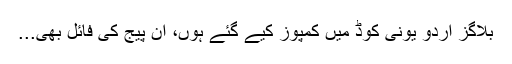
بلاگز اردو یونی کوڈ میں کمپوز کیے گئے ہوں، ان پیج کی فائل بھی...